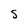
Character: S